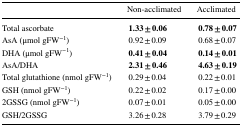
<table><thead><tr><td></td><td><b>Non-acclimated</b></td><td><b>Acclimated</b></td></tr></thead><tbody><tr><td>Total ascorbate</td><td><b>1.33 ± 0.06</b></td><td><b>0.78 ± 0.07</b></td></tr><tr><td>AsA (μmol gFW<sup>−1</sup>)</td><td>0.92 ± 0.09</td><td>0.68 ± 0.07</td></tr><tr><td>DHA (μmol gFW<sup>−1</sup>)</td><td><b>0.41 ± 0.04</b></td><td><b>0.14 ± 0.01</b></td></tr><tr><td>AsA/DHA</td><td><b>2.31 ± 0.46</b></td><td><b>4.63 ± 0.19</b></td></tr><tr><td>Total glutathione (nmol gFW<sup>−1</sup>)</td><td>0.29 ± 0.04</td><td>0.22 ± 0.01</td></tr><tr><td>GSH (nmol gFW<sup>−1</sup>)</td><td>0.22 ± 0.02</td><td>0.17 ± 0.00</td></tr><tr><td>2GSSG (nmol gFW<sup>−1</sup>)</td><td>0.07 ± 0.01</td><td>0.05 ± 0.00</td></tr><tr><td>GSH/2GSSG</td><td>3.26 ± 0.28</td><td>3.79 ± 0.29</td></tr></tbody></table>